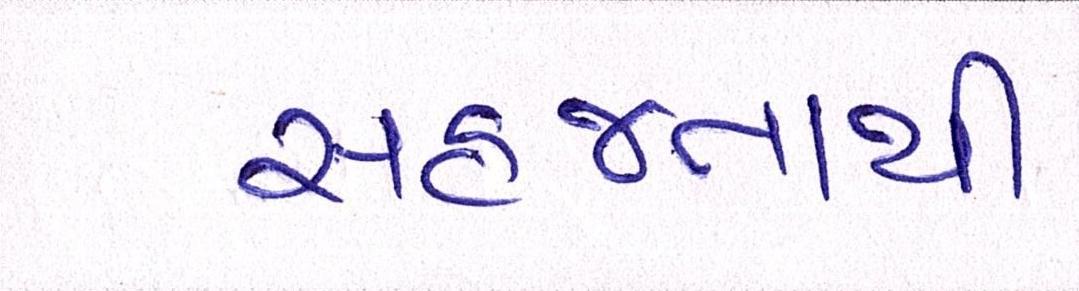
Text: સહજતાથી